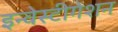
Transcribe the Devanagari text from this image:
इन्वेस्टीगेशन